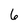
Character: 6